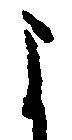
よ